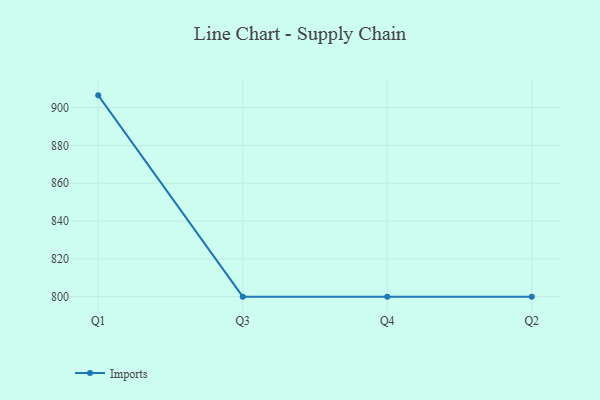
{"axis": {"x": "Quarter", "y": "Humidity (%)"}, "legend": ["Imports"], "data": [{"x": "Q1", "y": 906.5, "type": "Imports"}, {"x": "Q3", "y": 800, "type": "Imports"}, {"x": "Q4", "y": 800, "type": "Imports"}, {"x": "Q2", "y": 800, "type": "Imports"}]}